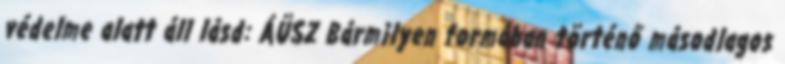
védelme alatt áll lásd: ÁÜSZ Bármilyen formában történő másodlagos